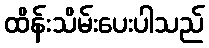
ထိန်းသိမ်းပေးပါသည်